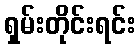
ရှမ်းတိုင်းရင်း